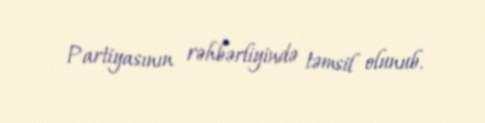
Partiyasının rəhbərliyində təmsil olunub.